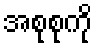
အစုစုကို